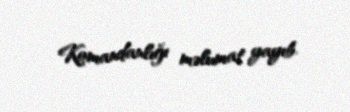
Komandanlığı məlumat yayıb.